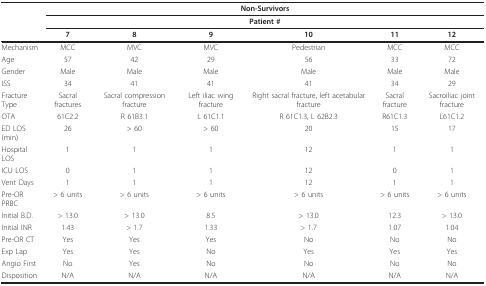
<table><thead><tr><td></td><td colspan="6"><b>Non-Survivors</b></td></tr><tr><td></td><td colspan="6"><b>Patient #</b></td></tr><tr><td></td><td><b>7</b></td><td><b>8</b></td><td><b>9</b></td><td><b>10</b></td><td><b>11</b></td><td><b>12</b></td></tr></thead><tbody><tr><td>Mechanism</td><td>MCC</td><td>MVC</td><td>MVC</td><td>Pedestrian</td><td>MCC</td><td>MCC</td></tr><tr><td>Age</td><td>57</td><td>42</td><td>29</td><td>56</td><td>33</td><td>72</td></tr><tr><td>Gender</td><td>Male</td><td>Male</td><td>Male</td><td>Male</td><td>Male</td><td>Male</td></tr><tr><td>ISS</td><td>34</td><td>41</td><td>41</td><td>41</td><td>34</td><td>29</td></tr><tr><td>Fracture Type</td><td>Sacral fractures</td><td>Sacral compression fracture</td><td>Left iliac wing fracture</td><td>Right sacral fracture, left acetabular fracture</td><td>Sacral fracture</td><td>Sacroiliac joint fracture</td></tr><tr><td>OTA</td><td>61C2.2</td><td>R 61B3.1</td><td>L 61C1.1</td><td>R 61C1.3, L 62B2.3</td><td>R61C1.3</td><td>L61C1.2</td></tr><tr><td>ED LOS (min)</td><td>26</td><td>&gt; 60</td><td>&gt; 60</td><td>20</td><td>15</td><td>17</td></tr><tr><td>Hospital LOS</td><td>1</td><td>1</td><td>1</td><td>12</td><td>1</td><td>1</td></tr><tr><td>ICU LOS</td><td>0</td><td>1</td><td>1</td><td>12</td><td>0</td><td>1</td></tr><tr><td>Vent Days</td><td>1</td><td>1</td><td>1</td><td>12</td><td>1</td><td>1</td></tr><tr><td>Pre-OR PRBC</td><td>&gt; 6 units</td><td>&gt; 6 units</td><td>&gt; 6 units</td><td>&gt; 6 units</td><td>&gt; 6 units</td><td>&gt; 6 units</td></tr><tr><td>Initial B.D.</td><td>&gt; 13.0</td><td>&gt; 13.0</td><td>8.5</td><td>&gt; 13.0</td><td>12.3</td><td>&gt; 13.0</td></tr><tr><td>Initial INR</td><td>1.43</td><td>&gt; 1.7</td><td>1.33</td><td>&gt; 1.7</td><td>1.07</td><td>1.04</td></tr><tr><td>Pre-OR CT</td><td>Yes</td><td>Yes</td><td>Yes</td><td>No</td><td>No</td><td>No</td></tr><tr><td>Exp Lap</td><td>Yes</td><td>Yes</td><td>No</td><td>Yes</td><td>Yes</td><td>Yes</td></tr><tr><td>Angio First</td><td>No</td><td>Yes</td><td>No</td><td>No</td><td>No</td><td>No</td></tr><tr><td>Disposition</td><td>N/A</td><td>N/A</td><td>N/A</td><td>N/A</td><td>N/A</td><td>N/A</td></tr></tbody></table>